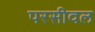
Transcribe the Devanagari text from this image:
परसीवल